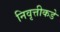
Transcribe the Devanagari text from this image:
निवृत्तीकडे